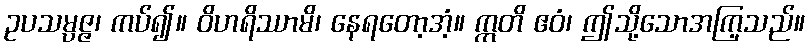
ဥပသမ္ပဇ္ဇ၊ ကပ်၍။ ဝိဟရိဿာမိ၊ နေရတော့အံ့။ ဣတိ ဧဝံ၊ ဤသို့သောအကြ့သည်။